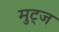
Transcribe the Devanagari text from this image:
मुट्‌ज